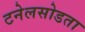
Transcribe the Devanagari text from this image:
टनेलसोडता